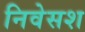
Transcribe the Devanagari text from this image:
निवेसश